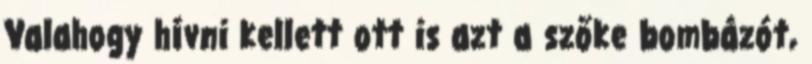
Valahogy hívni kellett ott is azt a szőke bombázót,